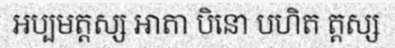
អប្បមត្តស្ស ឤតា បិនោ បហិត ត្តស្ស